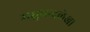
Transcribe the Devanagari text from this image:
मधुचन्द्रलेखा